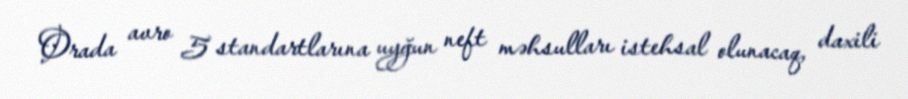
Orada avro 5 standartlarına uyğun neft məhsulları istehsal olunacaq, daxili